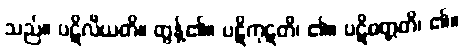
သည်။ ပဋိလီယတိ။ တွန့်၏။ ပဋိကုဋတိ၊ ၏။ ပဋိဝတ္တတိ၊ ၏။